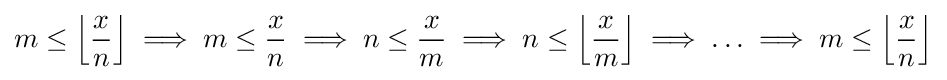
m\leq \left\lfloor {\frac {x}{n}}\right\rfloor \implies m\leq {\frac {x}{n}}\implies n\leq {\frac {x}{m}}\implies n\leq \left\lfloor {\frac {x}{m}}\right\rfloor \implies \ldots \implies m\leq \left\lfloor {\frac {x}{n}}\right\rfloor